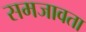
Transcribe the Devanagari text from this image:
समजावता